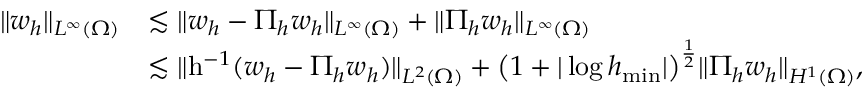
\begin{array} { r l } { \| w _ { h } \| _ { L ^ { \infty } ( \Omega ) } } & { \lesssim \| w _ { h } - \Pi _ { h } w _ { h } \| _ { L ^ { \infty } ( \Omega ) } + \| \Pi _ { h } w _ { h } \| _ { L ^ { \infty } ( \Omega ) } } \\ & { \lesssim \| \mathrm { h } ^ { - 1 } ( w _ { h } - \Pi _ { h } w _ { h } ) \| _ { L ^ { 2 } ( \Omega ) } + \big ( 1 + | \log h _ { \operatorname* { m i n } } | \big ) ^ { \frac 1 2 } \| \Pi _ { h } w _ { h } \| _ { H ^ { 1 } ( \Omega ) } , } \end{array}